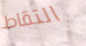
التقاط